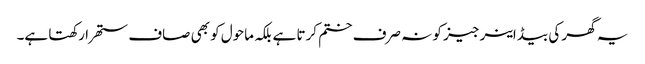
یہ گھر کی بیڈ اینرجیز کو نہ صرف ختم کرتا ہے بلکہ ماحول کو بھی صاف ستھرا رکھتا ہے۔